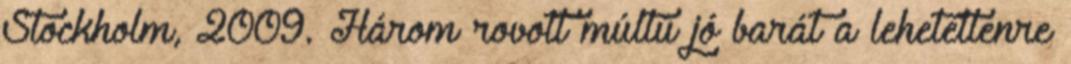
Stockholm, 2009. Három rovott múltú jó barát a lehetetlenre